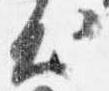
出